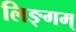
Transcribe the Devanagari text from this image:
लिङ्गम्‌